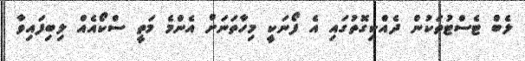
ލެބް ޓެސްޓުތަކުން ދެއްކިގޮތުގައި އެ ފޯނަކީ މިހާތަނަށް އެންމެ މަތީ ސްކޯއެއް ލިބިފައިވާ